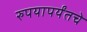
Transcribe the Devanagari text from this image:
रुपयापर्यंतचे